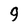
Character: 9